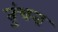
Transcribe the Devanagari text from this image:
तुंचत्त